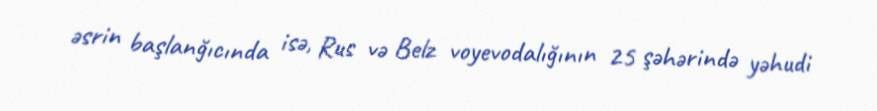
əsrin başlanğıcında isə, Rus və Belz voyevodalığının 25 şəhərində yəhudi